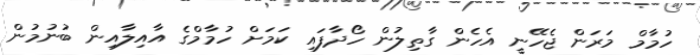
ހުމާމް މަރަން ޖެހޭނީ އެހެން ގާތިލުން ހޯދާފައި ކަމަށް ހުމާމްގެ އާއިލާއިން ބުނުމުން